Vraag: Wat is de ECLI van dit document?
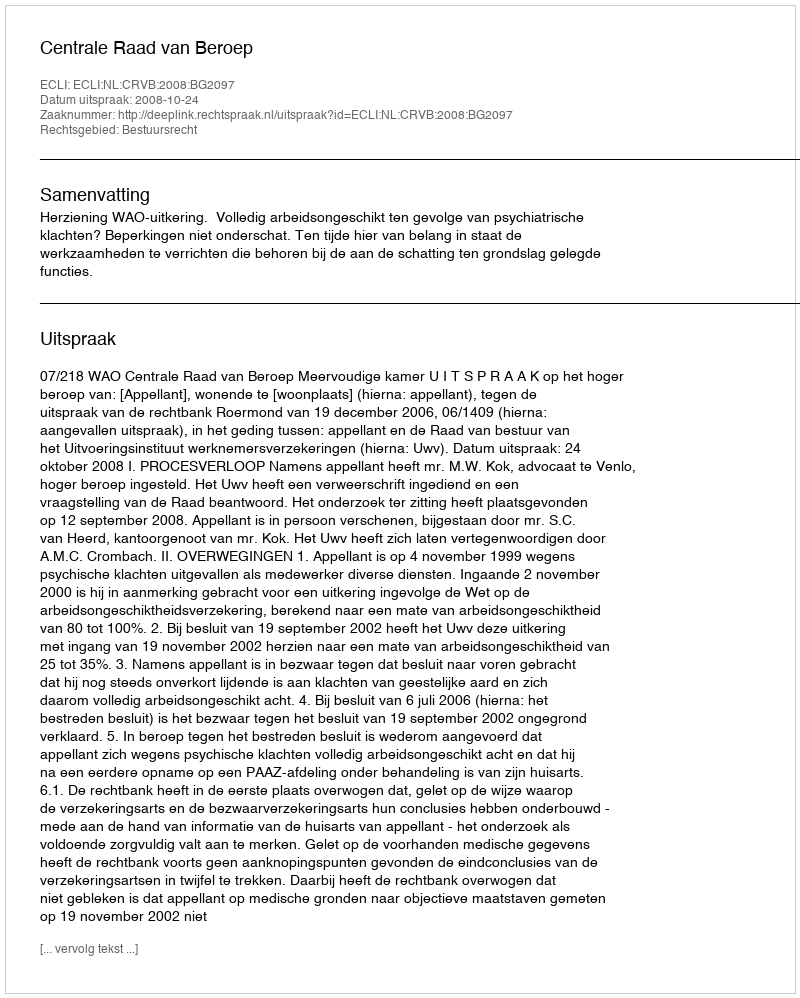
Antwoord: ECLI:NL:CRVB:2008:BG2097